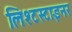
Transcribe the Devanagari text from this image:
लिश्टस्टाइनर